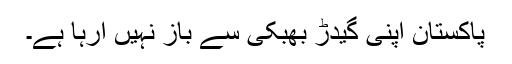
پاکستان اپنی گیدڑ بھبکی سے باز نہیں آرہا ہے۔